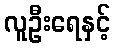
လူဦးရေနှင့်